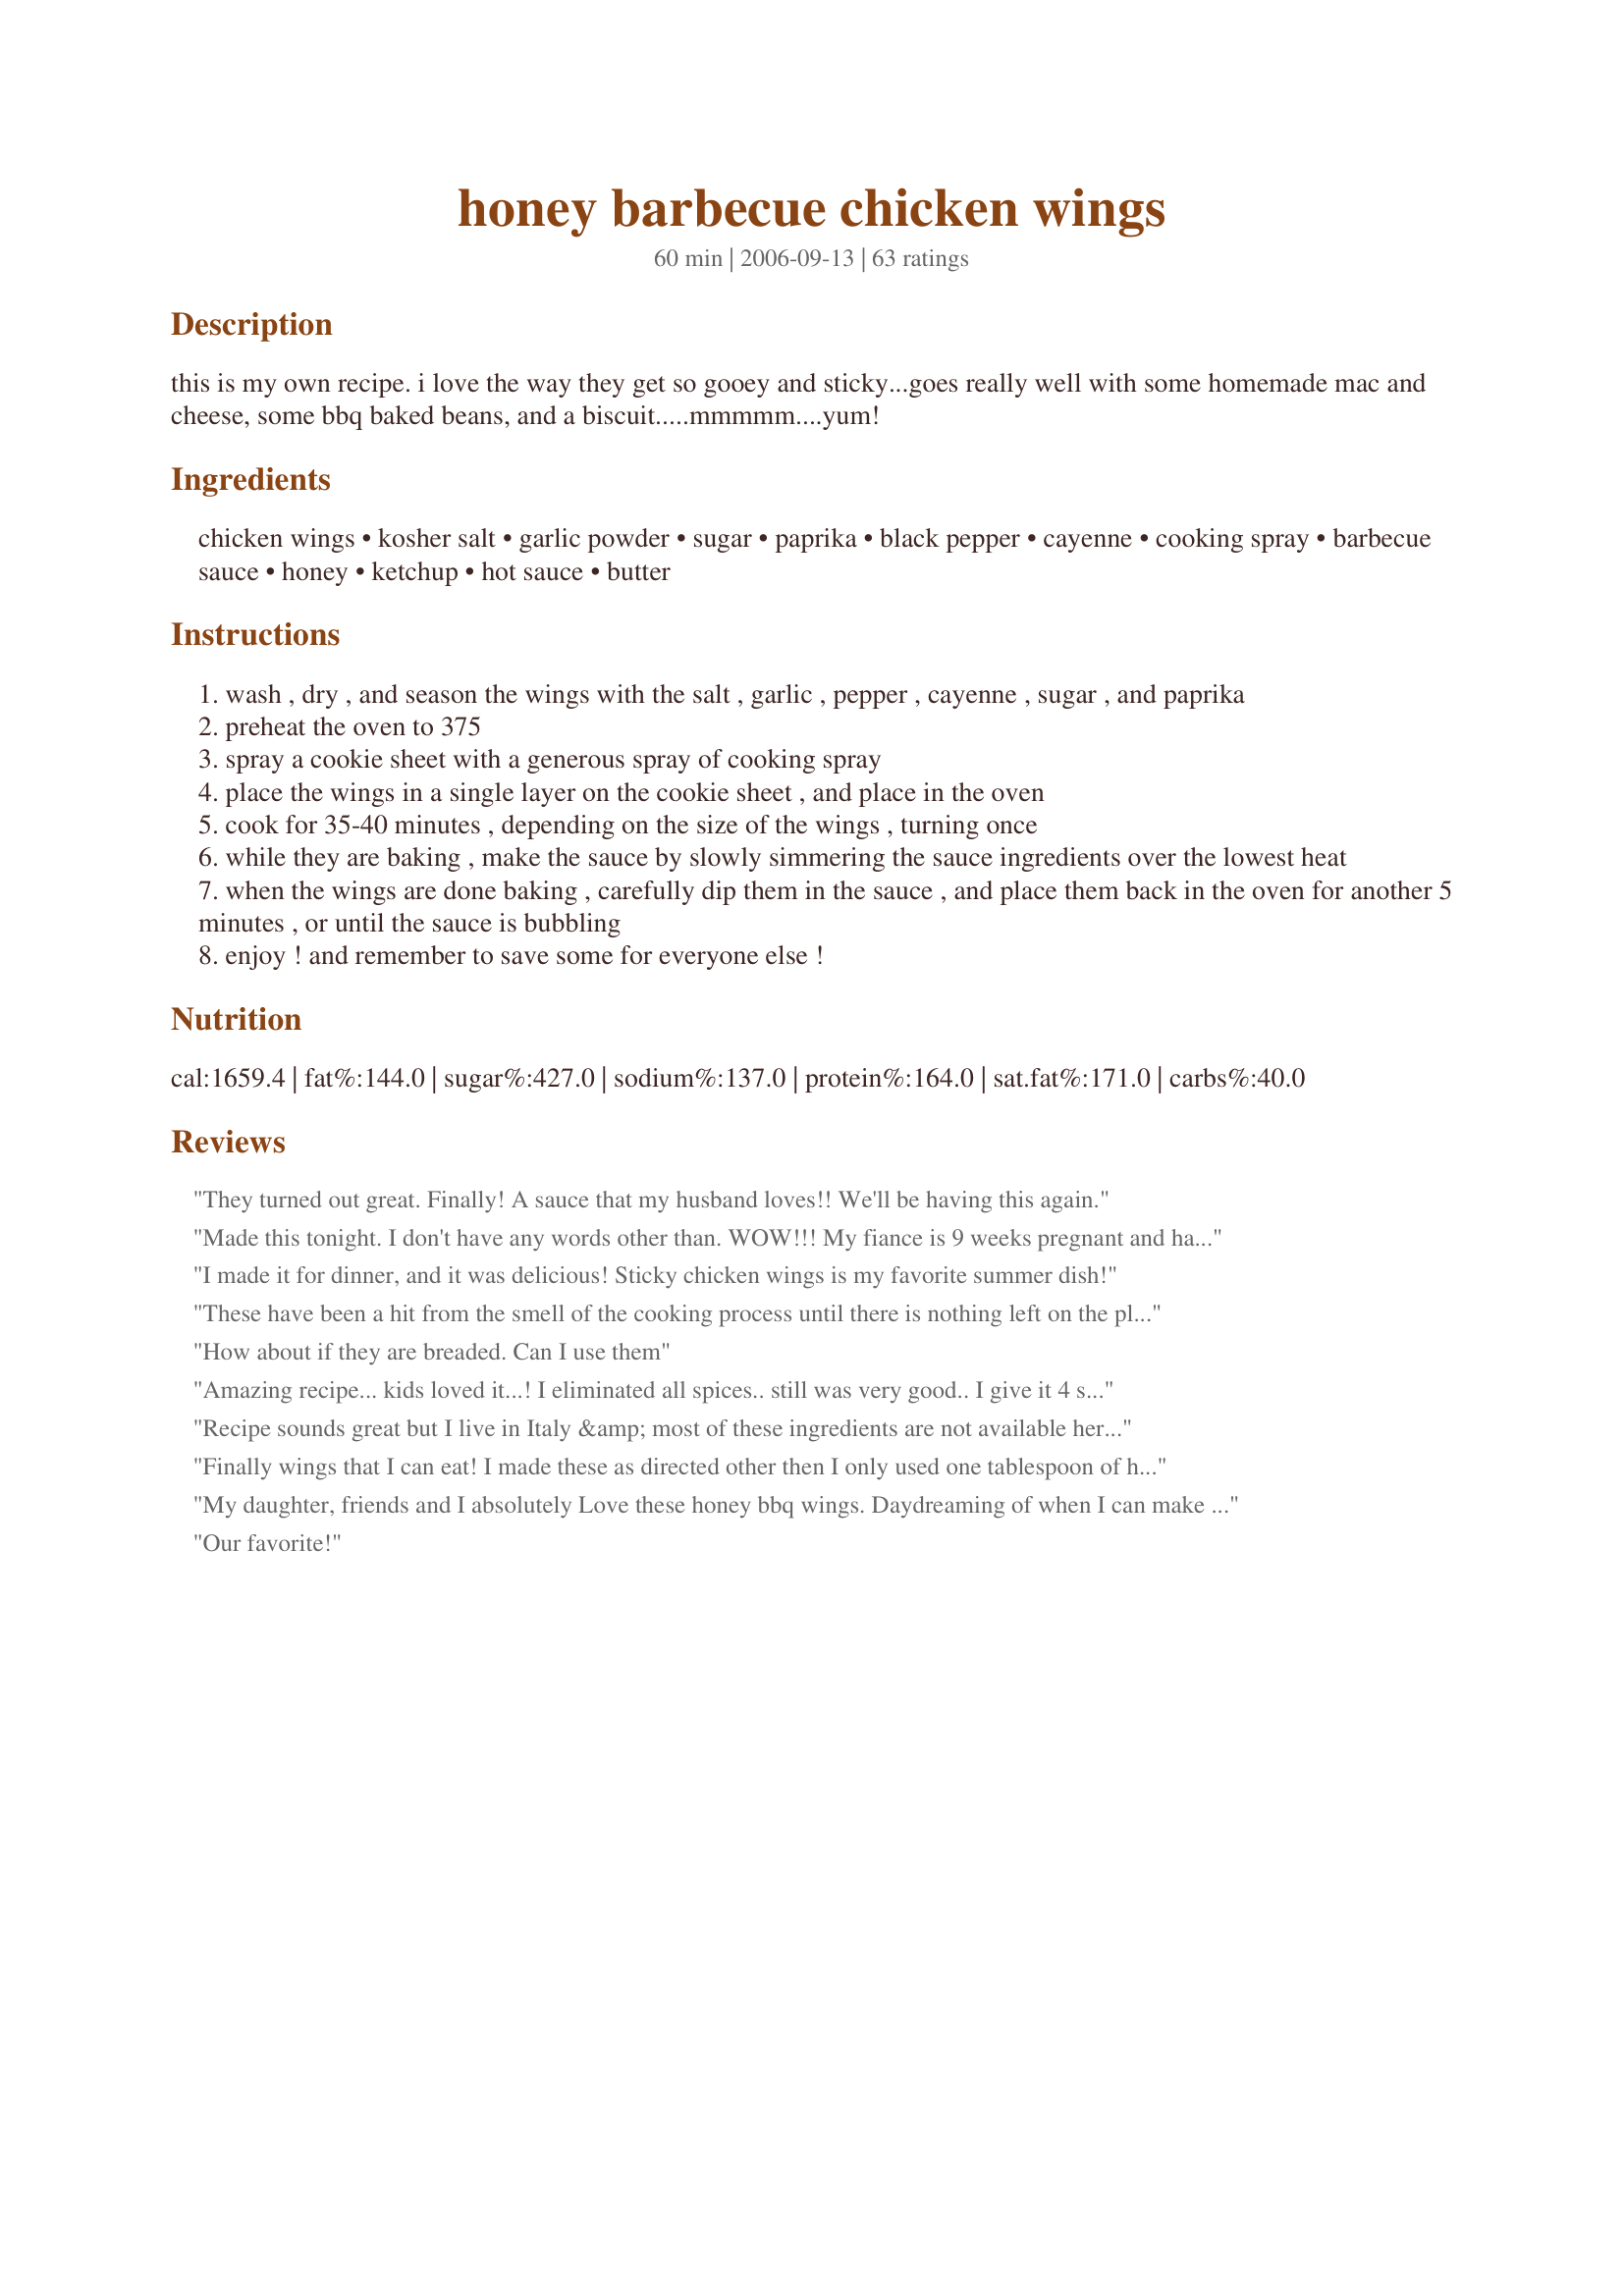
honey barbecue chicken wings
Preparation time: 60 minutes

this is my own recipe. i love the way they get so gooey and sticky...goes really well with some homemade mac and cheese, some bbq baked beans, and a biscuit.....mmmmm....yum!

Ingredients:
chicken wings, kosher salt, garlic powder, sugar, paprika, black pepper, cayenne, cooking spray, barbecue sauce, honey, ketchup, hot sauce, butter

Steps:
wash , dry , and season the wings with the salt , garlic , pepper , cayenne , sugar , and paprika
preheat the oven to 375
spray a cookie sheet with a generous spray of cooking spray
place the wings in a single layer on the cookie sheet , and place in the oven
cook for 35-40 minutes , depending on the size of the wings , turning once
while they are baking , make the sauce by slowly simmering the sauce ingredients over the lowest heat
when the wings are done baking , carefully dip them in the sauce , and place them back in the oven for another 5 minutes , or until the sauce is bubbling
enjoy ! and remember to save some for everyone else !

Reviews:
They turned out great. Finally! A sauce that my husband loves!! We'll be having this again.
Made this tonight. I don't have any words other than. WOW!!! My fiance is 9 weeks pregnant and has not been able to eat chicken. I can't tell you how much she ate. We love wings in my house so i had to double the recipe but i didn't change it. 5 stars here!!
I made it for dinner, and it was delicious! Sticky chicken wings is my favorite summer dish!
These have been a hit from the smell of the cooking process until there is nothing left on the plates. Absolute awesome recipe, definitely so glad I found this!! Thank you so much ????????
How about if they are breaded. Can I use them
Amazing recipe... kids loved it...! I eliminated all spices.. still was very good.. I give it 4 starts because I think it would be mush better if the chicken was a bit crispier, I didn’t want to over back it as I wanted it to be moist.. but overall, it was a successful dish.. Thank you
Recipe sounds great but I live in Italy &amp; most of these ingredients are not available here. Must just be for your American customers. Shameveryone. O
Finally wings that I can eat! I made these as directed other then I only used one tablespoon of hot sauce as I don't like things real spicy. This was the perfect amount of heat for me. Hubby and my son thought they were too sweet though. These took two hours and fifteen minutes to cook though.
My daughter, friends and I absolutely Love these honey bbq wings. Daydreaming of when I can make them again kind of delicious!
Our favorite!
Absolutely delicious! The sauce was a bit spicy, for my taste, but it was tolerable. Overall, the recipe was very easy to follow and resulted in a gourmet dinner. Definitely making this, again... and again ;-)
my family loves it sometimes i may not have hickory bbq sauce so ill use other kinds but it excellent
oh my!!! so fantastic - so easy! and I love that there is no flour involved. I baked them without sauce and without the sugar. just salt pepper paprika and garlic powder. so fantastic - baked them for 45 mins and used the sauce for dipping. what a dinner. yum. both ketchup and bbq sauce were without high fructose corn syrup or MSGs so this is my go to super healthy wings recipe. I used the sauce in the picture.
This was an amazing recipe!! It was delicious! I was close to eating the rest of the wings despite being full. Definitely will do it again. I lessened the paprika and omitted the hot sauce &amp; cayenne since I can't do spicy.
Awesome! I have six very picky eaters that almost never agree on anything but everyone loved this! The only thing I changed was I had to substitute a chipotle spice I had on hand since I didn't have paprika but the rest I followed exactly and I paired it with Chef John's Perfect Mashed Potatoes that I had mixed a little mayo and chicken adobo spice in them. Not one drop of tonight's dinner was left, a definite keeper for sure!
I LOVE THEM!!! I just made them exactly how you suggested and every one ate them up even the kids asked for more. I will be making again.
Exactly what I was craving. Going to make it again tonight with chicken breast. Cooked on grill last time and again this time. Double your chicken, it will go fast!!
absolutely love this recipe! have used it on boneless chicken, pork chops and ribs as well. can't get enough. thanks for this!
My new chicken wing recipe!! Loved it!
Easy recipe to follow! My sauce was double the amount I needed so I just made more wings!
really good!!! i added about 1/4c. bourbon to the sauce about halfway through cooking time. I had quite a lot of sauce left over so I used to on a rack of ribs a few days later and they were just as good!
These were amazing. We have been looking for a recipe that was close to our favorite restaurant&#039;s wings. These are better!! We fried instead of baking them, and they were really good. The rub complements the sauce perfectly. Even my 3 year old picky eater loved them.
The sauce was delicious and great sticky texture. They were sooo easy!
Look no further this is the one!! So easy and soooooo good!!!
I tried this recipe and it turned out great. The sauce is enough that you can make the same recipe twice. I refrigerated the sauce and used it later for another batch. Love this recipe.
Good flavor, but the seasoning on the chicken when it baked seemed to go un-noticed once the sauce went on. I will try again but maybe add the seasonings to the BBQ sauce, which was great!
Loved them!! A real crowd pleaser, and even good for a TV snack!
The whole family really enjoyed these--plenty of flavor, but no overwhelming heat for the kids. Easy to make, followed directions exactly. Will definitely make again--thank you for sharing!
I made exactly as described and they turned out amazing! This recipe is super delicious. My wife also took some to work and shared with her coworkers. Everyone that had some wouldn't stop talking about them. I will be making many more in the future. Thank you for sharing!
I loved this recipe!!! I will definitely be making it again!!
Easy recipe for a quick but tasty middle of the week meal. Especially since I had the ingredients in the pantry and fridge.
Gonna try this recipe tonight for my family
Everyone loved these - made just as written
Better than restaurants ,
I didn&#039;t have garlic powder so I used fresh ones. Also I used less honey.
this is the best honey barbecue recipe ever!!!!
I cooked these chicken wings tonight. DELICIOUS!!!! DELICIOUS!!! My husband couldn't stop eating them. Easy recipe. Ty
These were very tasty. The spices that we put on the wings first seemed to be overwhelmed by the sauce we put on later, but the wings were still really good. Also, we did them on the grill instead of in the oven.
First time making wings!!! My family loved them! Timing and everything is on point. The only ingredient I didn’t use was hot sauce! Thank you
Delish.... I purchased some already cooked honey bbq wings and my daughter loved them.. One day my daughter said she wanted them again but I didnt want to purchase them, I wanted to make them myself. So that's when I came upon this recipe. SHE LOVED IT... Making again tonight.. 9 yr old approved..
Best recipe ever!!!!
It was soooooo good. Although I left out all the chili and paprika spices cause I can't eat that with my pancreatitis and lupus, instead used honey Bbq sauce but it was to die for!!!!! Gone in 8 seconds and finger licken good....mmmmmmm best best of all my son made it for me.
Great recipe but I had to cook my wings longer then the time in the recipe. I saved some for the next day and using the left over sauce made them delicious the next day. Will try this recipe again for sure!! ??
These are delicious!!! There is no way you can go wrong with this winning recipe. Easy to make. Make extra your going to want leftovers!
Made these exactly as written and WOW, so fast, easy and delicious! I've made other honey BBQ sauces but this is by far superior. The wings come out nice and tender too. Also love that they are not fried in oil. Thank you for posting the recipe!!
I like to cook for my mom and we loved these I use the recipe on ribs and I use the sauce on snack trays with chicken nuggets when playing videogames. I add pineapple juice and occasionally passion fruit, everytime its amazing!
Love love love!!! Amazing recipe, I tried it out a few weeks ago and have been making them ever since! My sister isn&#039;t a fan of bbq wings so I decided to just season them but leave off the sauce. She dipped them into a buffalo sauce and they were delicious! So now I make 1/2 following the whole recipe and the other half I just use the seasoning part of the recipe and use a buffalo dipping sauce for those. Absolutely amazing and easy to follow!
These are yummy and I would make again. Even though, I am a big chicken when it comes to chicken (I usually buy the boneless, skinless variety) I managed to put these together. I sprinkled on each of the spices individually, but it would have been smarter to combine them all first and then sprinkle over the wings. I also cheated and used store bought mac and cheese and baked beans, as it was a weeknight, but it was still good. Maybe some other time I'll do the real deal.
AAAAAWWWWWEEEEESOOOOOMMMME!!! I made a big ol' family pack of wings, using this recipe. Let's just say these wings had no chance. LOL We usually have about 6 wings left when I regular bake them or fry them but these had everyone wanting more! This is definitely a winner and will be made again soon and often. Didn't have any paprika, substituted with chili powder. Again, sooooooooooooo delicious!
Fantastico,,added more chili as is my fav and a bit of sweet chili for the kids..Good recipe
I created an account just to talk about how awesome these wings are. My boyfriend and I have been looking for a great wings recipe and all the ones we've tried are pretty sub-par. Never thought baking the wings -- and not breading them at all -- would be the answer. This recipe delivered better-than-restaurant quality, and I'll definitely be using it again. Thanks for sharing!!
The husband loved them. Did not use the hot sauce though he does not like hot. Perfection. Will be using this recipe a lot. Cooking time was spot on. First time wing maker and these were amazing.
Amazing recipe gonna try soon
They taste amazing! Great recipe. Thanks for sharing.
This is the best honey barbecue sauce. I will not need to look any farther as it was such a great hit at our house. I did not do the rub or bake the wings. We had our turkey fryer going outside on our wintery day and simply fried the wings and tossed them in the sauce prepared exactly as written. My 17 yr old son raved over and over on the sauce. The sauce is just the right consistency and finger licking. I used KC Masterpiece Original for the sauce base. Thanks for the recipe. Will use no other from now on!
Simply the BEST..
Best wings ever!
As good as the Buffalo wild wings honey BBQ style. I did not follow the seasoning portion of the recipie, I fried them and used the sauce. I highly recommend to all... best honey BBQ wings I have done and it's easy!!!!
Yummy!!! It was my first time using this recipe and it was so good that I&#039;m making it again for dinner tonight!! Can&#039;t get enough thank you so much!
I have a question ...Can I make this recipe a couple of days ahead &amp; reheat?
The best wings ever!!!!! Thank you :)
I must say this recipe was the best, the chicken wings were amazing!!! We enjoyed it.
These were absolutely delicious!! Followed the recipe as stated. My husband LOVED them and so did I. Definitely making more again.
This recipe was great, I did double the rub part of the recipe and I left the sauce recipe the same. (Makes alot) We are going to be using this recipe for our Easter Weekend Barbeque Cookoff. I'll let you know if we win! Very Yummy!!! PS We WON the cookoff!!! We substituted regular Paprika with Smoked Paprika. It made a nice difference. People were dipping the other contestants chicken in our sauce!! We used Bullseye hickory sauce. we had tried Tony Romas Hickory and it didn't taste as nice.
